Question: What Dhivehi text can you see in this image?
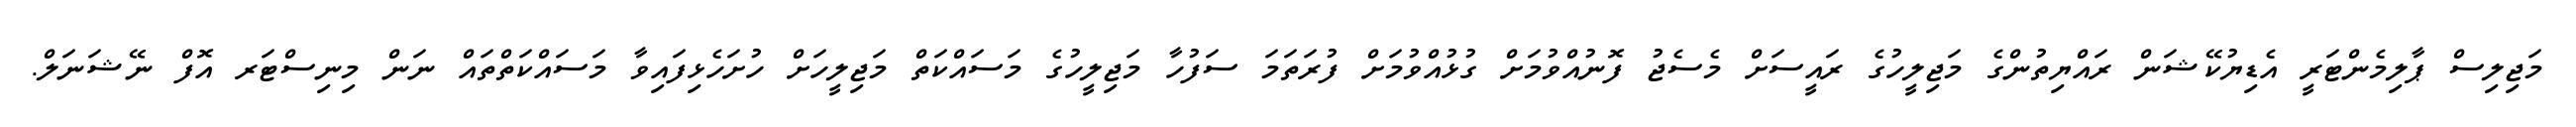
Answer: މަޖިލިސް ޕާލިމެންޓަރީ އެޑިޔުކޭޝަން ރައްޔިތުންގެ މަޖިލީހުގެ ރައީސަށް މެސެޖު ފޮނުއްވުމަށް ގުޅުއްވުމަށް ފުރަތަމަ ސަފުހާ މަޖިލީހުގެ މަސައްކަތް މަޖިލީހަށް ހުށަހެޅިފައިވާ މަސައްކަތްތައް ނަން މިނިސްޓަރ އޮފް ނޭޝަނަލް.